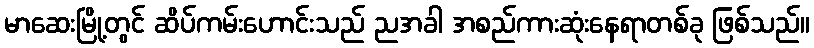
မာဆေးမြို့တွင် ဆိပ်ကမ်းဟောင်းသည် ညအခါ အစည်ကားဆုံးနေရာတစ်ခု ဖြစ်သည်။